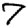
Digit: 7